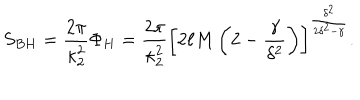
S _ { B H } = { \frac { 2 \pi } { \kappa _ { 2 } ^ { 2 } } } \Phi _ { H } = { \frac { 2 \pi } { \kappa _ { 2 } ^ { 2 } } } \left[ 2 \ell M \left( 2 - { \frac { \gamma } { \delta ^ { 2 } } } \right) \right] ^ { \frac { \delta ^ { 2 } } { 2 \delta ^ { 2 } - \gamma } } .